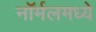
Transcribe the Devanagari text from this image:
नॉर्मलमध्ये